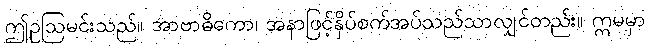
ဤဥဩမင်းသည်။ အာဗာဓိကော၊ အနာဖြင့်နှိပ်စက်အပ်သည်သာလျှင်တည်း။ ဣမမှာ